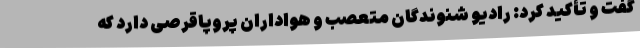
گفت و تأکید کرد: رادیو شنوندگان متعصب و هواداران پروپاقرصی دارد که